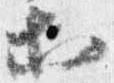
等